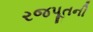
રજપૂતની